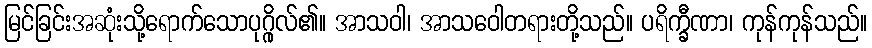
မြင်ခြင်းအဆုံးသို့ရောက်သောပုဂ္ဂိုလ်၏။ အာသဝါ၊ အာသဝေါတရားတို့သည်။ ပရိက္ခီဏာ၊ ကုန်ကုန်သည်။